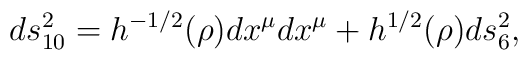
ds_{10}^2 = h^{-1/2}(\rho)dx^{\mu}dx^{\mu} + h^{1/2}(\rho)ds_6^2,